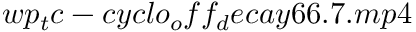
w p _ { t } c - c y c l o _ { o } f f _ { d } e c a y 6 6 . 7 . m p 4